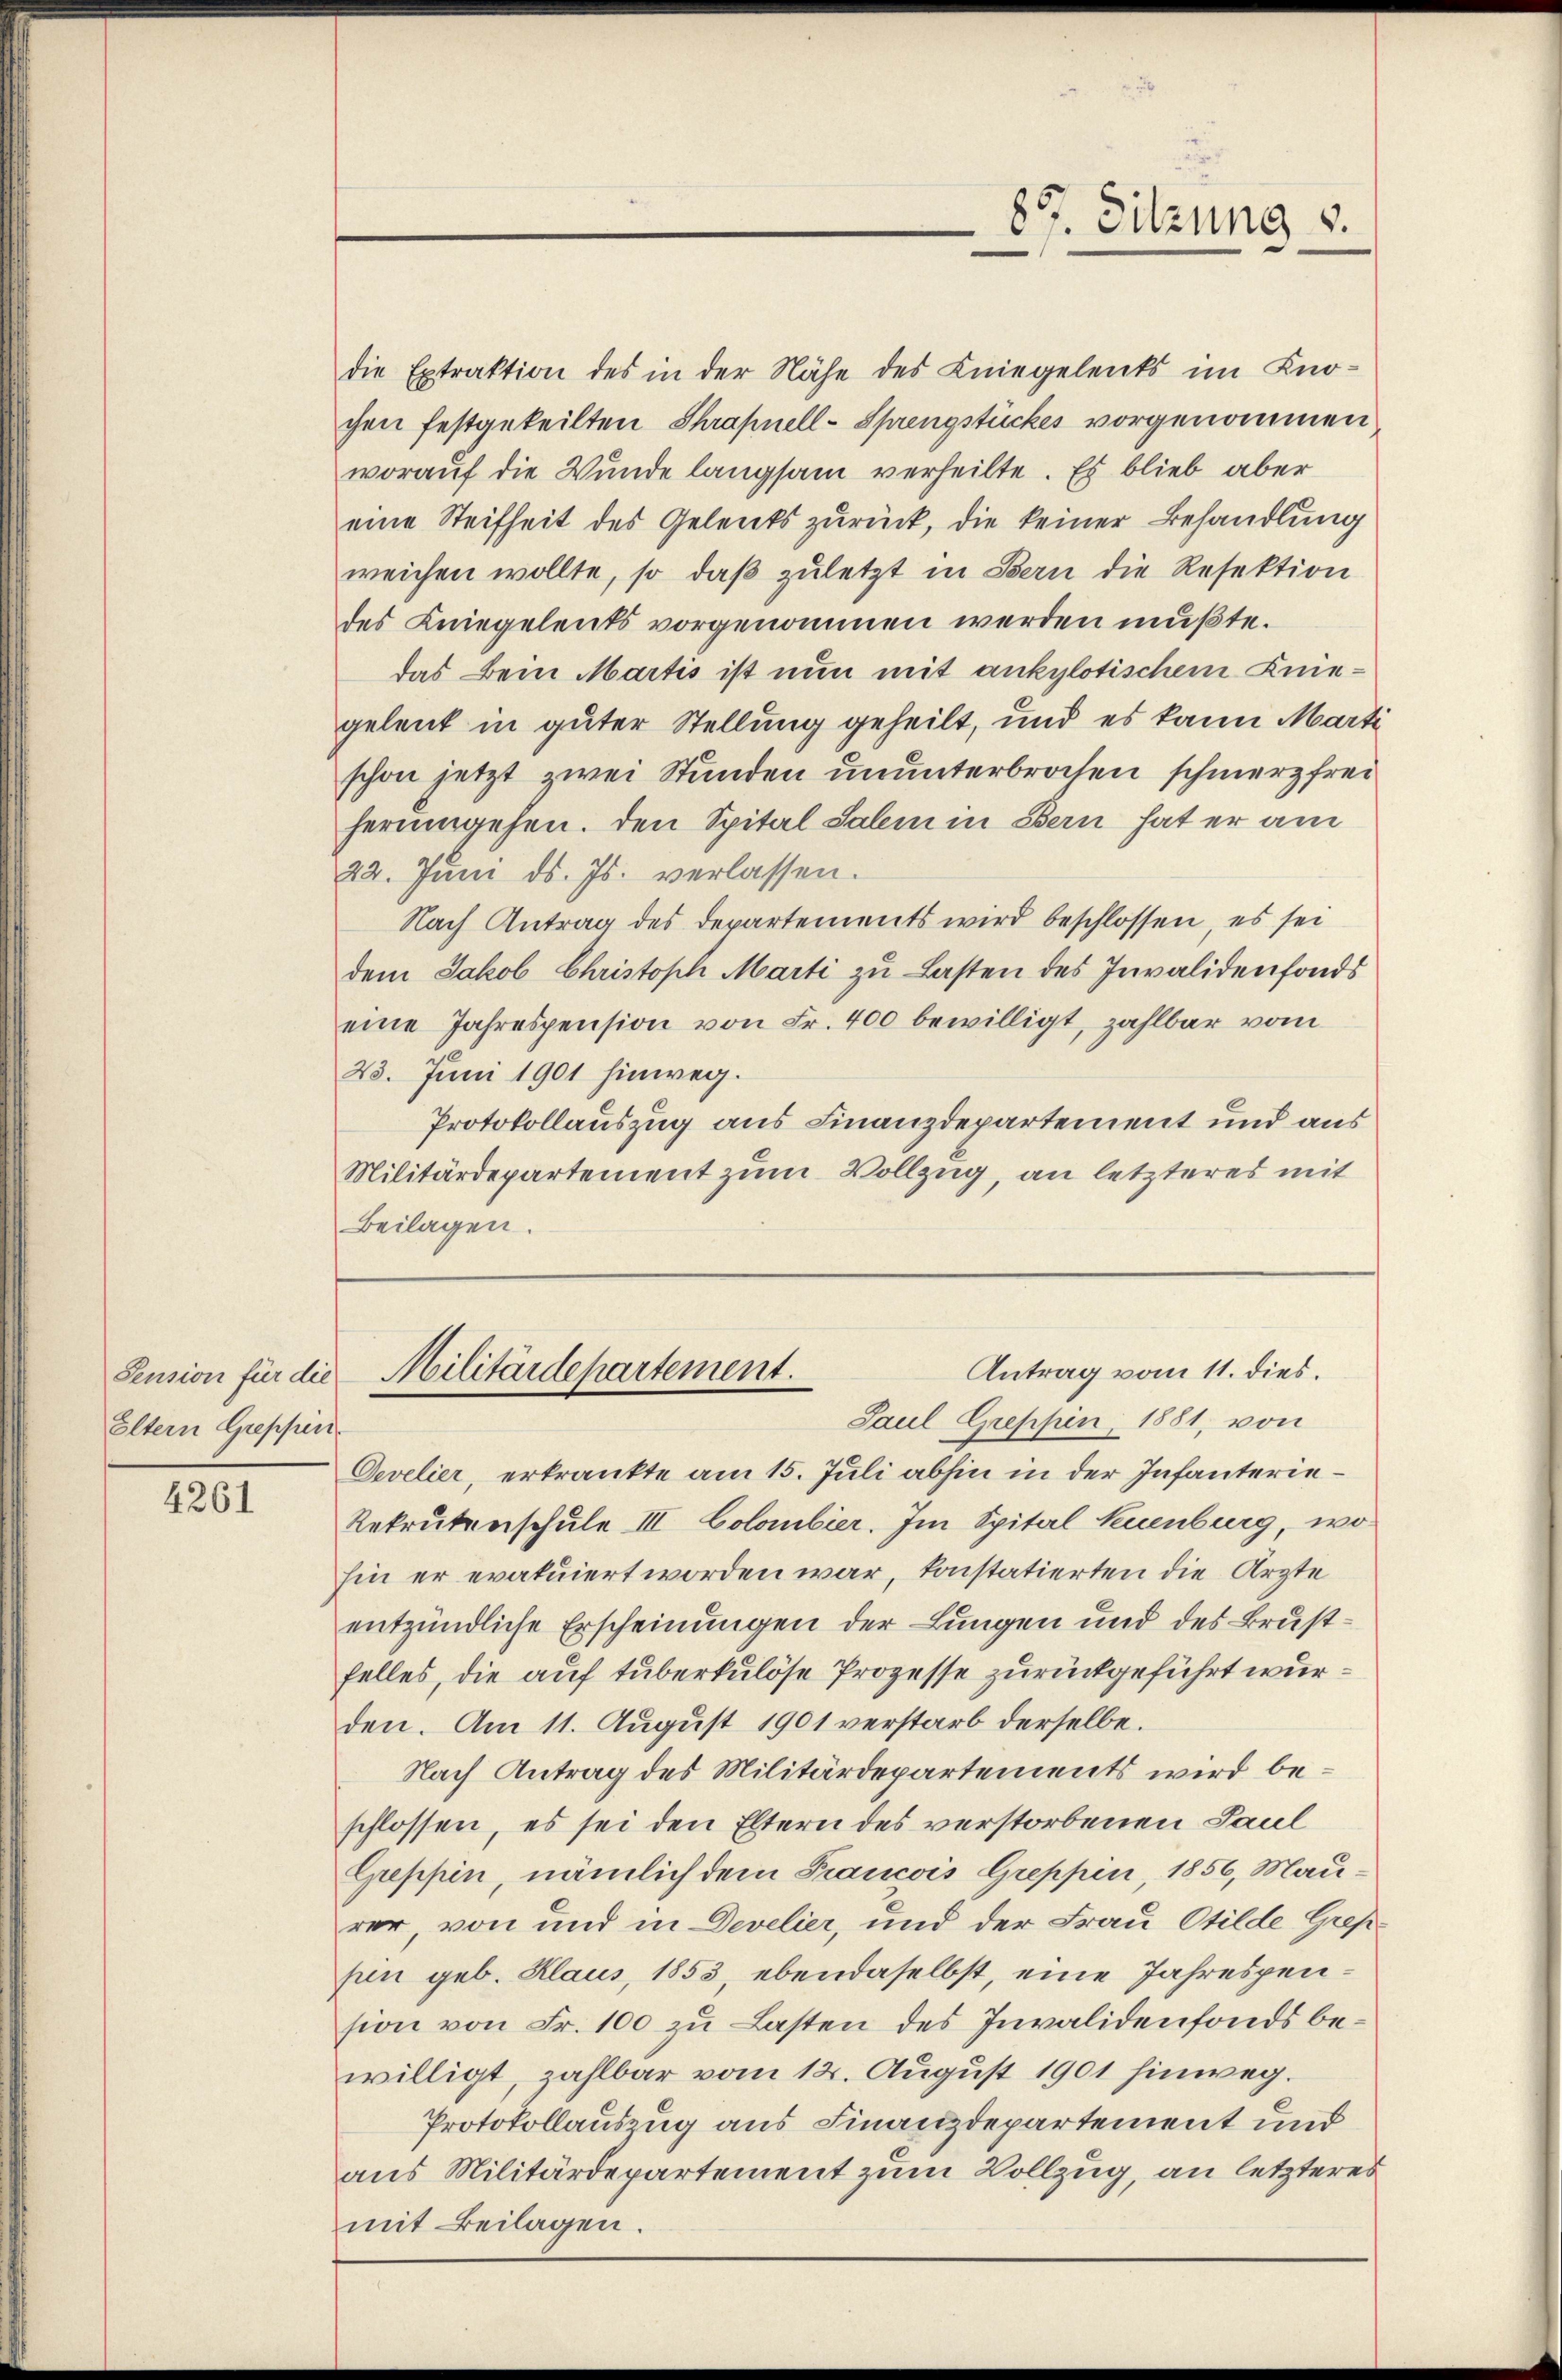
Pension für die
Eltern Grepfun

4261

89. Sitzung v.

die Extraktion des in der Nähe des Kniegelents im Kno-
chen festgeteilten Shrapnell-Sprengstückes vorgenommen
worauf die Wunde langsam verheilte. Es blieb aber
eine Steifheit des Gelents zurück, die keiner Behandlung
weichen wollte, so daβ zŭletzt in Bern die Resektion
des Kniegeleits vorgenommen werden mußte.
das Bein Martis ist nun mit ankylotischem Kinegeleut in guter Stellung geheilt, und es kann Marte
schon jetzt zwei Stunden ununterbrochen schmerz frei
herumgehen. Den Spital Salem in Bern hat er am
22. Juni d. Js. verlassen.
Nach Antrag des Departements wird beschlossen, es sei
dem Jakob Christoph Marti zu Lasten des Invalidenfonds
eine Jahrespension von Fr. 400 bewilligt, zahlbar vom
23. Juni 1901 hinweg.
Protokollauszug aus Finanzdepartement und aus
Militärdepartement zum Vollzug, an letzteres mit
Beilagen.

Antrag vom 11. dies.
Militärdepartement.
Paul Greppen, 1881, von

Develier, erkrankte am 15. Juli abhin in der Infanterie¬
Rekrutenschule III Colombier. Im Spital Kuenburg, wohin er evatuiert worden war, konstatierten die Ärzte
entzündliche Erscheinungen der Lungen und des Brustfelles, die auf tuberkulöse Prozesse zurückgeführt wurden. Am 11. August 1901 verstarb derselbe.
Nach Antrag des Militärdepartements wird beschlossen, es sei den Eltern des verstorbenen Paul
Greppen, nämlich dem Francois Greppin 1856, Maurer, von und in Develier, und der Frau Otilde Grepfun geb. Klaus, 1853, ebendaselbst, eine Jahrespension von Fr. 100 zu Lasten des Invalidenfonds bewilligt, zahlbar vom 12. August 1901 hinweg.
Protokollauszug aus Finanzdepartement und
aus Militärdepartement zum Vollzug, an letzteres
mit Beilagen.